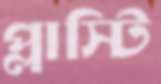
প্লাস্টি